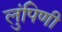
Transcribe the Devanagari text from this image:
लुंपिणी